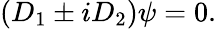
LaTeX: \left(D_{1}\pm iD_{2}\right)\psi=0.